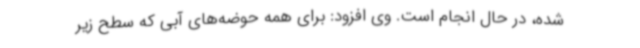
شده، در حال انجام است. وی افزود: برای همه حوضه‌های آبی که سطح زیر